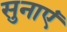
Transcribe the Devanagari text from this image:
सुनाएं